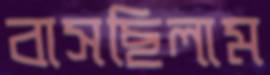
বাসছিলাম